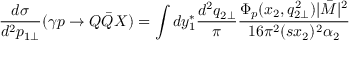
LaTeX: \frac { d \sigma } { d ^ { 2 } p _ { 1 \bot } } ( \gamma p \to Q \bar { Q } X ) = \int d y _ { 1 } ^ { \ast } \frac { d ^ { 2 } q _ { 2 \bot } } { \pi } \frac { \Phi _ { p } ( x _ { 2 } , q _ { 2 \bot } ^ { 2 } ) | \bar { M } | ^ { 2 } } { 1 6 \pi ^ { 2 } ( s x _ { 2 } ) ^ { 2 } \alpha _ { 2 } }